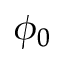
\phi _ { 0 }